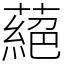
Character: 蕝